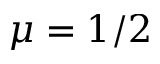
\mu = 1 / 2